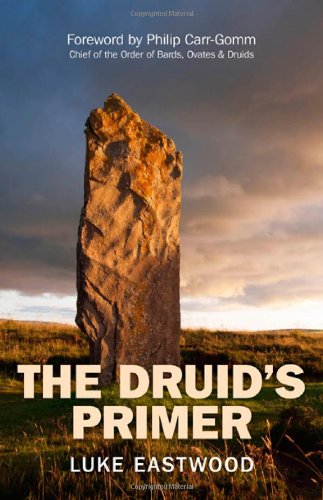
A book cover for The Druid's Primer; Luke Eastwood; Religion & Spirituality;